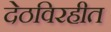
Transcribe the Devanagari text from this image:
देठविरहीत